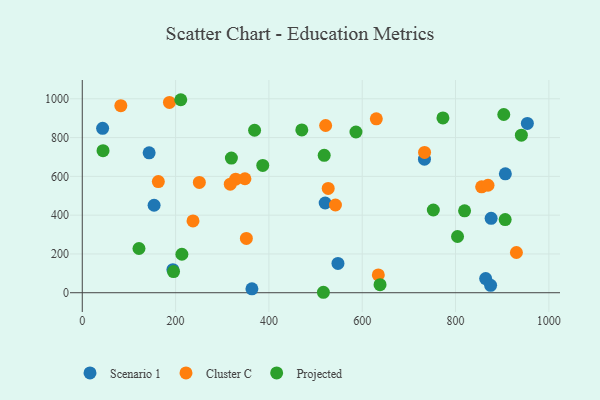
{"axis": {"x": "Engine Size", "y": "Exam Score"}, "legend": ["Cluster C", "Projected", "Scenario 1"], "data": [{"x": "548.0", "y": 150.9, "type": "Scenario 1"}, {"x": "143.3", "y": 721.3, "type": "Scenario 1"}, {"x": "876.3", "y": 383.4, "type": "Scenario 1"}, {"x": "194.2", "y": 118.6, "type": "Scenario 1"}, {"x": "520.6", "y": 462.6, "type": "Scenario 1"}, {"x": "363.6", "y": 20.0, "type": "Scenario 1"}, {"x": "954.0", "y": 873.2, "type": "Scenario 1"}, {"x": "906.8", "y": 613.1, "type": "Scenario 1"}, {"x": "733.4", "y": 688.4, "type": "Scenario 1"}, {"x": "43.6", "y": 847.7, "type": "Scenario 1"}, {"x": "864.6", "y": 73.0, "type": "Scenario 1"}, {"x": "875.2", "y": 38.2, "type": "Scenario 1"}, {"x": "153.9", "y": 451.0, "type": "Scenario 1"}, {"x": "250.9", "y": 568.9, "type": "Cluster C"}, {"x": "930.5", "y": 207.5, "type": "Cluster C"}, {"x": "348.6", "y": 587.8, "type": "Cluster C"}, {"x": "856.0", "y": 546.2, "type": "Cluster C"}, {"x": "733.6", "y": 723.7, "type": "Cluster C"}, {"x": "351.7", "y": 279.8, "type": "Cluster C"}, {"x": "634.5", "y": 92.0, "type": "Cluster C"}, {"x": "542.6", "y": 452.3, "type": "Cluster C"}, {"x": "328.8", "y": 585.5, "type": "Cluster C"}, {"x": "521.6", "y": 862.3, "type": "Cluster C"}, {"x": "527.1", "y": 537.9, "type": "Cluster C"}, {"x": "186.8", "y": 981.5, "type": "Cluster C"}, {"x": "630.2", "y": 896.6, "type": "Cluster C"}, {"x": "869.6", "y": 554.2, "type": "Cluster C"}, {"x": "82.6", "y": 964.7, "type": "Cluster C"}, {"x": "163.0", "y": 573.3, "type": "Cluster C"}, {"x": "237.3", "y": 370.1, "type": "Cluster C"}, {"x": "317.2", "y": 559.5, "type": "Cluster C"}, {"x": "516.8", "y": 2.3, "type": "Projected"}, {"x": "906.4", "y": 377.0, "type": "Projected"}, {"x": "44.5", "y": 732.5, "type": "Projected"}, {"x": "470.5", "y": 839.5, "type": "Projected"}, {"x": "638.2", "y": 41.4, "type": "Projected"}, {"x": "941.1", "y": 812.4, "type": "Projected"}, {"x": "213.5", "y": 198.4, "type": "Projected"}, {"x": "586.6", "y": 828.8, "type": "Projected"}, {"x": "211.1", "y": 995.2, "type": "Projected"}, {"x": "195.6", "y": 108.9, "type": "Projected"}, {"x": "518.5", "y": 708.7, "type": "Projected"}, {"x": "752.4", "y": 426.6, "type": "Projected"}, {"x": "819.4", "y": 422.3, "type": "Projected"}, {"x": "121.5", "y": 228.1, "type": "Projected"}, {"x": "386.8", "y": 656.4, "type": "Projected"}, {"x": "773.0", "y": 901.4, "type": "Projected"}, {"x": "804.3", "y": 289.8, "type": "Projected"}, {"x": "369.3", "y": 837.8, "type": "Projected"}, {"x": "319.6", "y": 694.3, "type": "Projected"}, {"x": "903.4", "y": 919.1, "type": "Projected"}]}